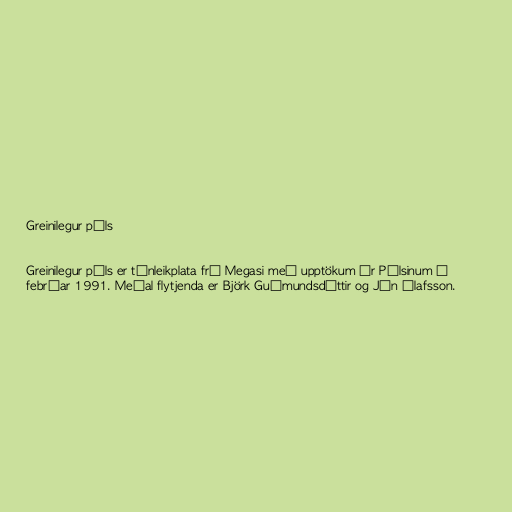
Greinilegur púls

Greinilegur púls er tónleikplata frá Megasi með upptökum úr Púlsinum í
febrúar 1991. Meðal flytjenda er Björk Guðmundsdóttir og Jón Ólafsson.